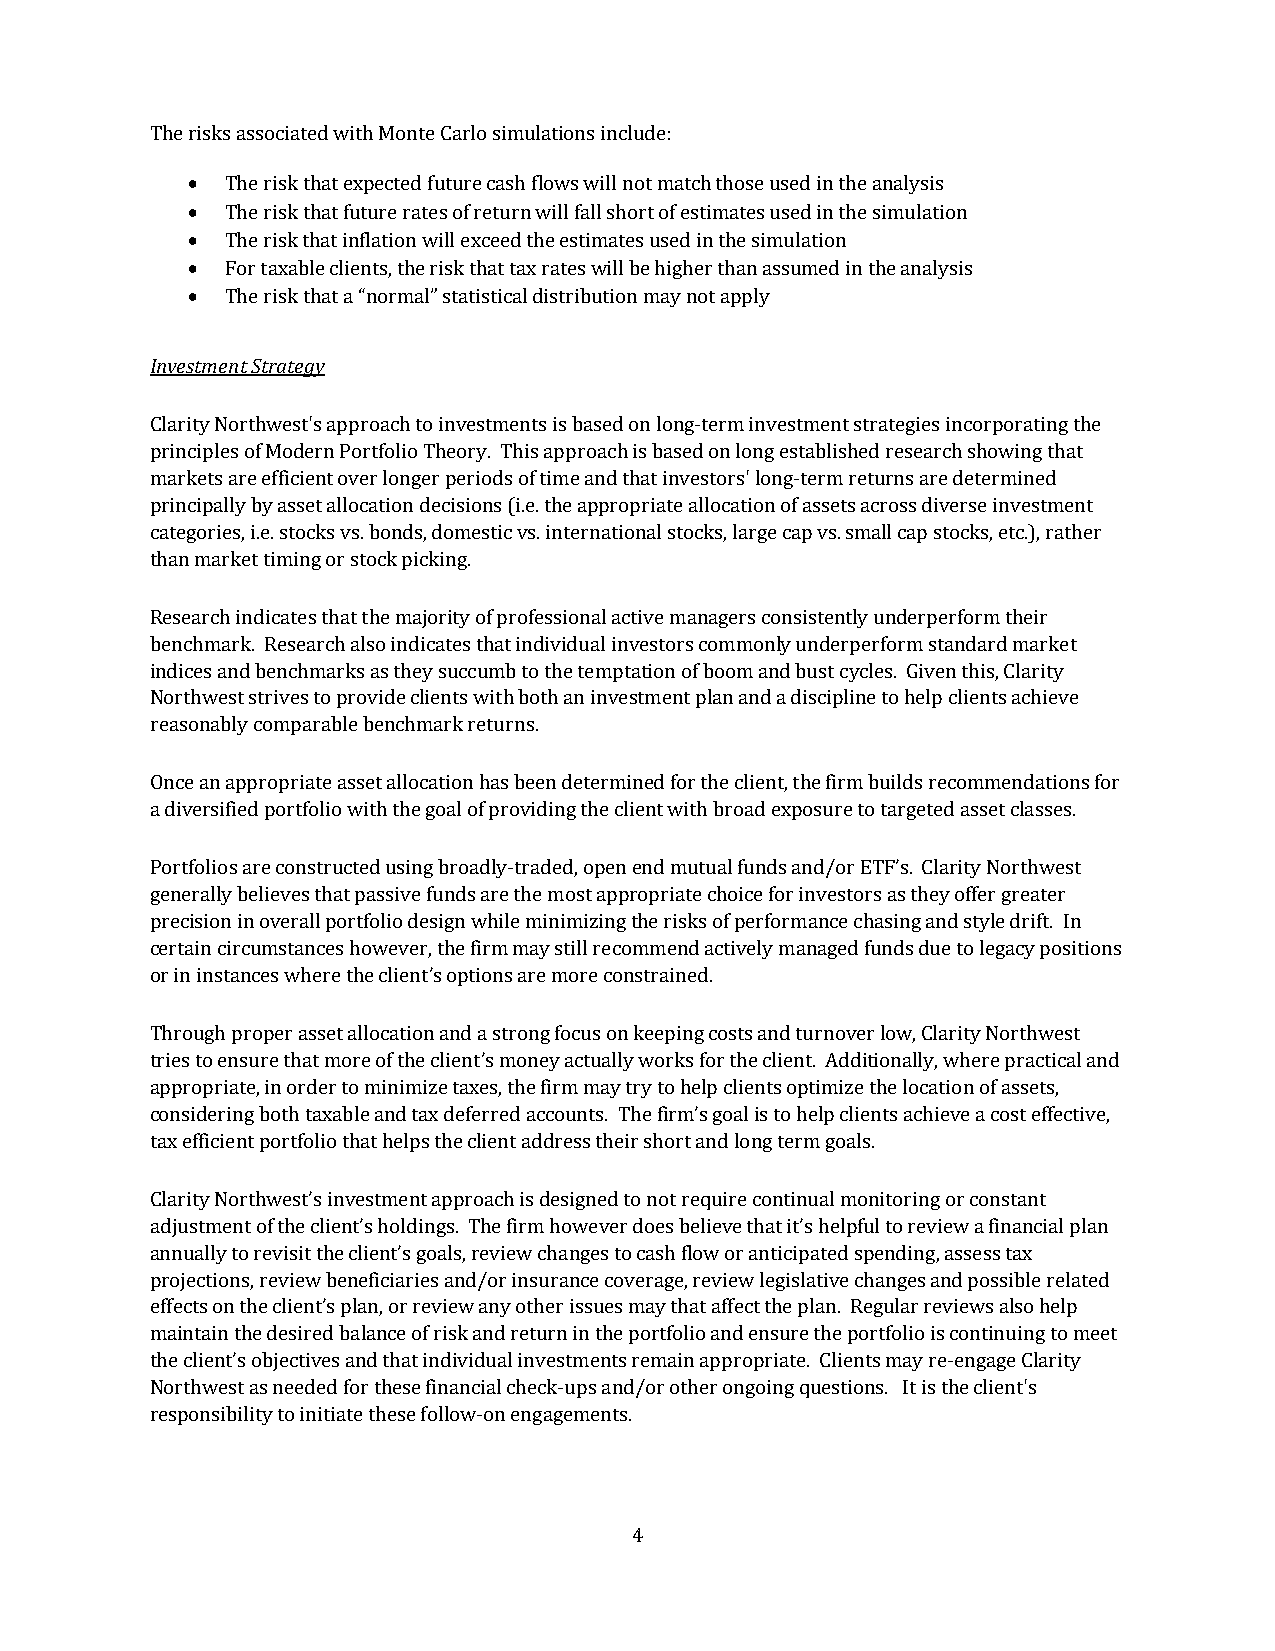
The risks associated with Monte Carlo simulations include:
   The risk that expected future cash flows will not match those used in the analysis
   The risk that future rates of return will fall short of estimates used in the simulation
   The risk that inflation will exceed the estimates used in the simulation
   For taxable clients, the risk that tax rates will be higher than assumed in the analysis
   The risk that a “normal” statistical distribution may not apply
 Investment Strategy
 Clarity Northwest's approach to investments is based on long-term investment strategies incorporating the
 principles of Modern Portfolio Theory. This approach is based on long established research showing that
 markets are efficient over longer periods of time and that investors' long-term returns are determined
 principally by asset allocation decisions (i.e. the appropriate allocation of assets across diverse investment
 categories, i.e. stocks vs. bonds, domestic vs. international stocks, large cap vs. small cap stocks, etc.), rather
 than market timing or stock picking.
 Research indicates that the majority of professional active managers consistently underperform their
 benchmark. Research also indicates that individual investors commonly underperform standard market
 indices and benchmarks as they succumb to the temptation of boom and bust cycles. Given this, Clarity
 Northwest strives to provide clients with both an investment plan and a discipline to help clients achieve
 reasonably comparable benchmark returns.
 Once an appropriate asset allocation has been determined for the client, the firm builds recommendations for
 a diversified portfolio with the goal of providing the client with broad exposure to targeted asset classes.
 Portfolios are constructed using broadly-traded, open end mutual funds and/or ETF’s. Clarity Northwest
 generally believes that passive funds are the most appropriate choice for investors as they offer greater
 precision in overall portfolio design while minimizing the risks of performance chasing and style drift. In
 certain circumstances however, the firm may still recommend actively managed funds due to legacy positions
 or in instances where the client’s options are more constrained.
 Through proper asset allocation and a strong focus on keeping costs and turnover low, Clarity Northwest
 tries to ensure that more of the client’s money actually works for the client. Additionally, where practical and
 appropriate, in order to minimize taxes, the firm may try to help clients optimize the location of assets,
 considering both taxable and tax deferred accounts. The firm’s goal is to help clients achieve a cost effective,
 tax efficient portfolio that helps the client address their short and long term goals.
 Clarity Northwest’s investment approach is designed to not require continual monitoring or constant
 adjustment of the client’s holdings. The firm however does believe that it’s helpful to review a financial plan
 annually to revisit the client’s goals, review changes to cash flow or anticipated spending, assess tax
 projections, review beneficiaries and/or insurance coverage, review legislative changes and possible related
 effects on the client’s plan, or review any other issues may that affect the plan. Regular reviews also help
 maintain the desired balance of risk and return in the portfolio and ensure the portfolio is continuing to meet
 the client’s objectives and that individual investments remain appropriate. Clients may re-engage Clarity
 Northwest as needed for these financial check-ups and/or other ongoing questions. It is the client's
 responsibility to initiate these follow-on engagements.
 4